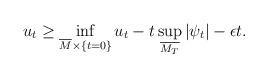
LaTeX: \begin{align*}u_t \geq \inf_{\overline{M}\times \{t=0\}} u_t - t\sup_{\overline{M_T}} |\psi_t| - \epsilon t.\end{align*}